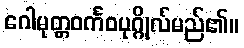
ဂေါမုတ္တဝင်္ကဝပုဂ္ဂိုလ်မည်၏။